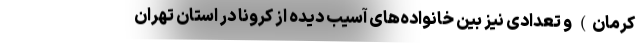
کرمان) و تعدادی نیز بین خانواده‌های آسیب دیده از کرونا در استان تهران